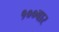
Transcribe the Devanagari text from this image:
१००बार